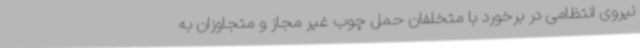
نیروی انتظامی در برخورد با متخلفان حمل چوب غیر مجاز و متجاوزان به